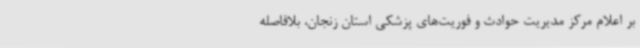
بر اعلام مرکز مدیریت حوادث و فوریت‌های پزشکی استان زنجان، بلافاصله